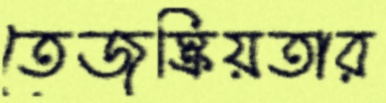
তেজস্ক্রিয়তার